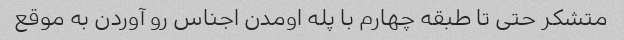
متشکر حتی تا طبقه چهارم با پله اومدن اجناس رو آوردن به موقع